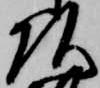
頭